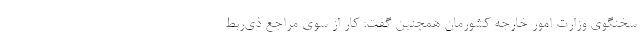
سخنگوی وزارت امور خارجه کشورمان همچنین گفت: کار از سوی مراجع ذی‌ربط